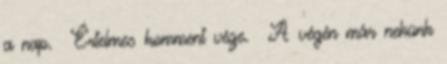
a nap. Értelmes komment vége. A végén már nekünk